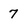
Character: 7